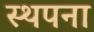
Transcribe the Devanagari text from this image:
स्‍थपना